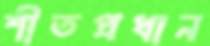
শীতপ্রধান